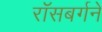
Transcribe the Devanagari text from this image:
रॉसबर्गने